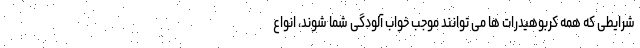
شرایطی که همه کربوهیدرات ها می توانند موجب خواب آلودگی شما شوند، انواع